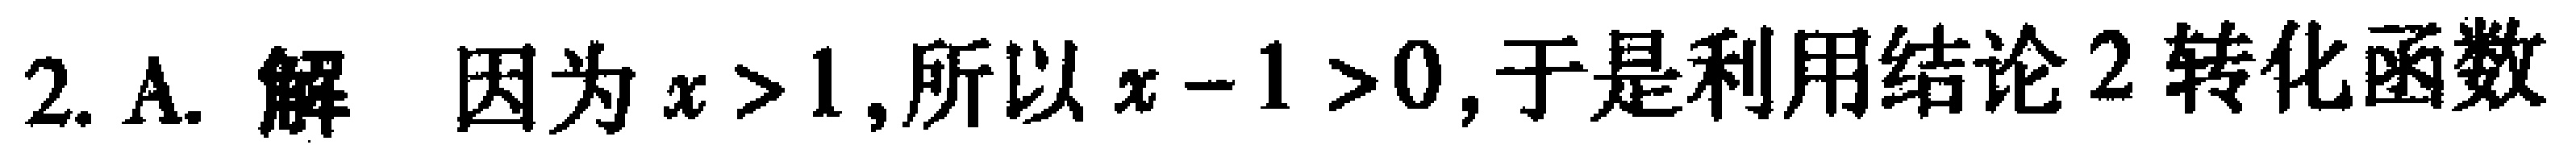
2. A. 解 因为 \(x>1\)，所以 \(x - 1>0\)，于是利用结论2转化函数